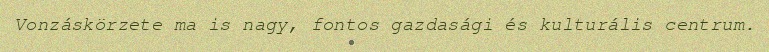
Vonzáskörzete ma is nagy, fontos gazdasági és kulturális centrum.